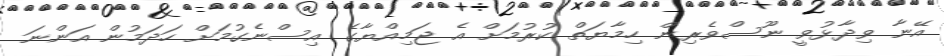
އޭނާ ވިދާޅުވީ ނޫސްވެރިން ހިމާޔަތް ކުރުމަށް އެ ޖަމިއްޔާގެ އިސްނެގުމަށް ހަދަމުން އަންނަ